Problem: 20 + 11 = ?
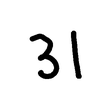
Handwritten answer: 31